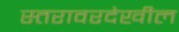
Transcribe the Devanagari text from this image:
स्तरावरदेखील